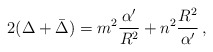
\begin{align*}2(\Delta +\bar{\Delta})= m^2\frac{\alpha^\prime}{R^2}+n^2\frac{R^2}{\alpha^\prime}\, ,\end{align*}